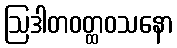
ဩဒါတဝတ္ထဝသနော